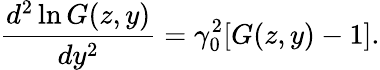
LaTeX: \frac{d^{2}\ln G(z,y)}{dy^{2}}=\gamma_{0}^{2}[G(z,y)-1].